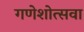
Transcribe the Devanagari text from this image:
गणेशोत्सवा